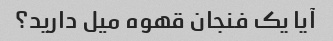
آیا یک فنجان قهوه میل دارید؟